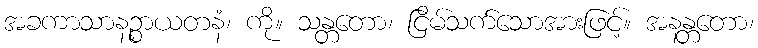
အခကာသာနဉ္စာယတနံ၊ ကို။ သန္တတော၊ ငြိမ်သက်သောအားဖြင့်။ အနန္တတော၊